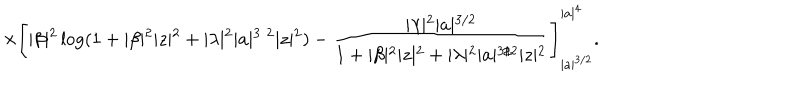
LaTeX: \times \left[ \vert \beta \vert ^ { 2 } \log ( 1 + \vert \beta \vert ^ { 2 } \vert z \vert ^ { 2 } + \vert \lambda \vert ^ { 2 } \vert a \vert ^ { 3 / 2 } \vert z \vert ^ { 2 } ) - \frac { \vert \lambda \vert ^ { 2 } \vert a \vert ^ { 3 / 2 } } { 1 + \vert \beta \vert ^ { 2 } \vert z \vert ^ { 2 } + \vert \lambda \vert ^ { 2 } \vert a \vert ^ { 3 / 2 } \vert z \vert ^ { 2 } } \right] _ { \vert a \vert ^ { 3 / 2 } } ^ { \vert a \vert ^ { 4 } } .